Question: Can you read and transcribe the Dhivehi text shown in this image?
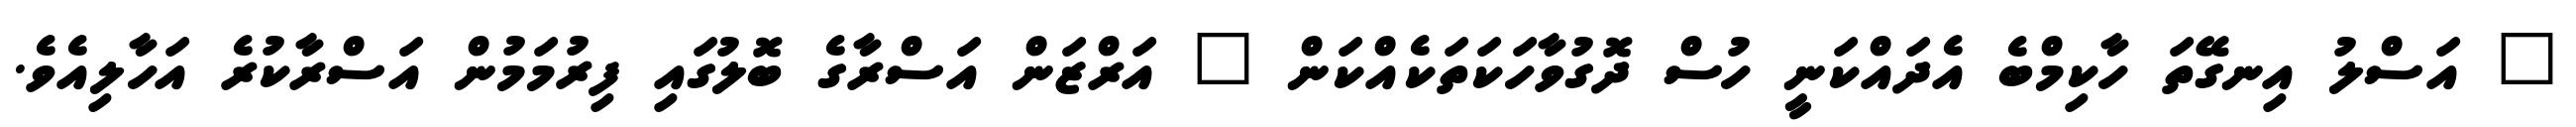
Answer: " އަސްލު އިނގޭތަ ހާކިމްބެ އެދައްކަނީ ހުސް ދޮގުވާހަކަތަކެއްކަން " އަރްޒަން އަސްރާގެ ބޮލުގައި ފިރުމަމުން އަސްރާކުރެ އަހާލިއެވެ.